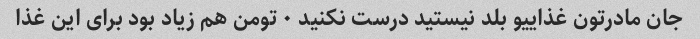
جان مادرتون غذاییو بلد نیستید درست نکنید ٠ تومن هم زیاد بود برای این غذا